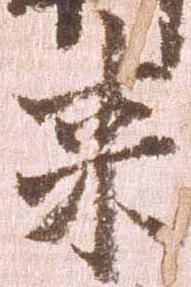
来